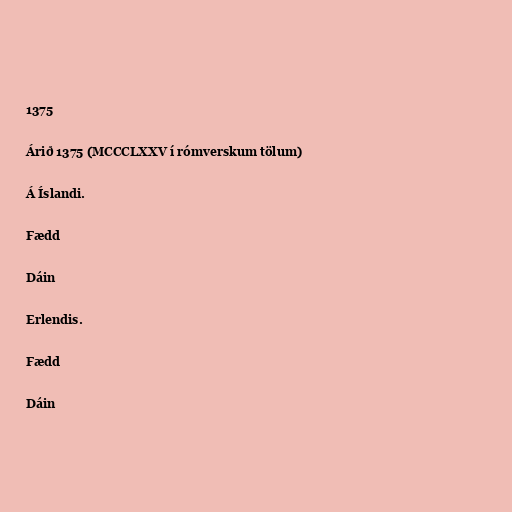
1375

Árið 1375 (MCCCLXXV í rómverskum tölum)

Á Íslandi.

Fædd

Dáin

Erlendis.

Fædd

Dáin